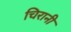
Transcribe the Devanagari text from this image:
चिरानी